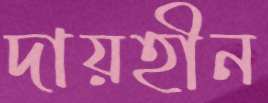
দায়হীন